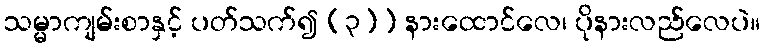
သမ္မာကျမ်းစာနှင့် ပတ်သက်၍ (၃)) နားထောင်လေ၊ ပိုနားလည်လေပဲ။